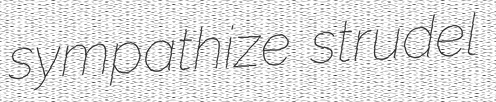
sympathize strudel